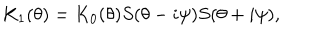
K _ { 1 } ( \theta ) = K _ { 0 } ( \theta ) S ( \theta - i \psi ) S ( \theta + i \psi ) ,